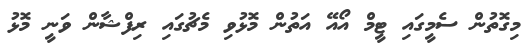
މިގޮތުން ސެމީގައި ޓީމް އޯއޭ އަތުން މޮޅުވި މެޗުގައި ރިފްޝާން ވަނީ މޮޅު